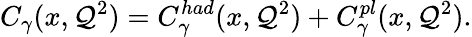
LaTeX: C_{\gamma}(x,\mathcal{Q}^{2})=C_{\gamma}^{had}(x,\mathcal{Q}^{2})+C_{\gamma}^{pl}(x,\mathcal{Q}^{2}).